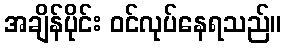
အချိန်ပိုင်း ဝင်လုပ်နေရသည်။